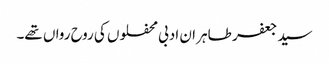
سید جعفر طاہر ان ادبی محفلوں کی روح رواں تھے۔